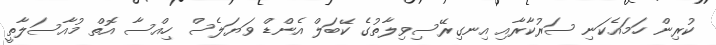
ކުރިން ހަމައެކަނި ސަރުކާރާއި އިނގިރޭސިވިލާތުގެ ކޭބަލް އެންޑް ވަޔަލެސް ހިއްސާ އޮތް މުއާސަލާތީ